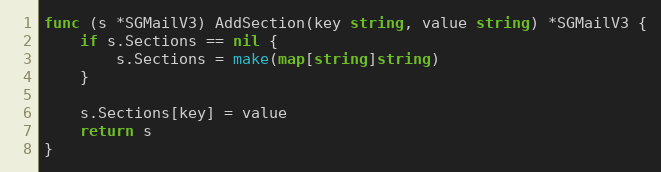
Language: Go
func (s *SGMailV3) AddSection(key string, value string) *SGMailV3 {
	if s.Sections == nil {
		s.Sections = make(map[string]string)
	}

	s.Sections[key] = value
	return s
}